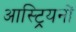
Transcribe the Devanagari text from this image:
आस्ट्रियनों